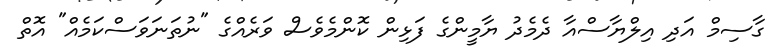
ގާސިމް އަދި އިލްޔާސްއާ ދެމެދު ޔާމީންގެ ފަޅިން ކޮންމެވެސް ވަރެއްގެ "ނުތަނަވަސްކަމެއް" އޮތް